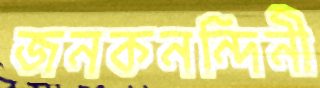
জনকনন্দিনী